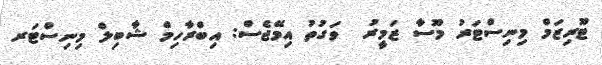
ޓޫރިޒަމް މިނިސްޓަރު މޫސާ ޒަމީރު  ވަގުތު އިމޭޖެސް: އިބްރާހިމް ޝާބިލް މިނިސްޓަރ